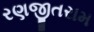
રણજીતરામ